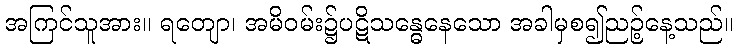
အကြင်သူအား။ ရတျော၊ အမိဝမ်း၌ပဋိသန္ဓေနေသော အခါမှစ၍ညဉ့်နေ့သည်။